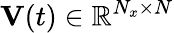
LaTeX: \mathbf{V}(t)\in\mathbb{R}^{N_{x}\times N}